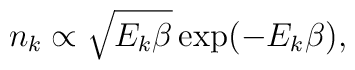
n_k\propto\sqrt{E_k\beta}\exp(-E_k\beta),